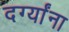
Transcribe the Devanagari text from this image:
दर्ग्यांना